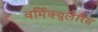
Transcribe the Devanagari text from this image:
वर्मिक्युलैरिस